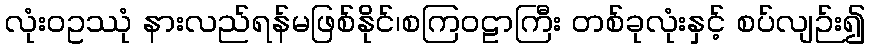
လုံးဝဥဿုံ နားလည်ရန်မဖြစ်နိုင်၊စကြဝဠာကြီး တစ်ခုလုံးနှင့် စပ်လျဉ်း၍